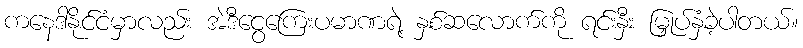
ကနေဒါနိုင်ငံမှာလည်း အဲဒီငွေကြေးပမာဏရဲ့ နှစ်ဆလောက်ကို ရင်းနှီး မြှုပ်နှံခဲ့ပါတယ်။